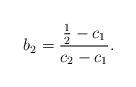
LaTeX: \begin{align*}b_{2}=\frac{\tfrac{1}{2}-c_{1}}{c_{2}-c_{1}}.\end{align*}